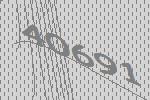
40691